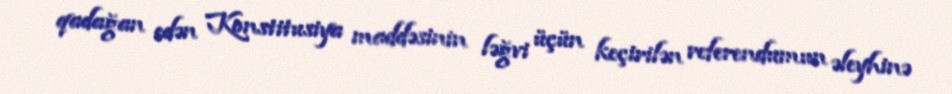
qadağan edən Konstitusiya maddəsinin ləğvi üçün keçirilən referendumun əleyhinə